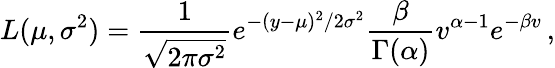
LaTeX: L(\mu,\sigma^{2})=\frac{1}{\sqrt{2\pi\sigma^{2}}}e^{-(y-\mu)^{2}/2\sigma^{2}}\frac{\beta}{\Gamma(\alpha)}v^{\alpha-1}e^{-\beta v}\, ,